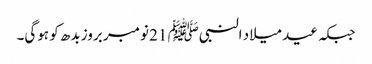
جبکہ عید میلاد النبیﷺ 21 نومبر بروز بدھ کو ہوگی۔